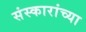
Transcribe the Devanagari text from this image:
संस्कारांच्या